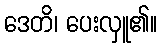
ဒေတိ၊ ပေးလှူ၏။